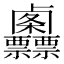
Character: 𠨌